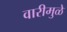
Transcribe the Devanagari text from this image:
वारीमुळे